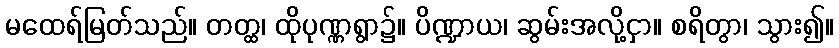
မထေရ်မြတ်သည်။ တတ္ထ၊ ထိုပုဏ္ဏရွာ၌။ ပိဏ္ဍာယ၊ ဆွမ်းအလို့ငှာ။ စရိတွာ၊ သွား၍။